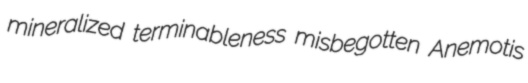
mineralized terminableness misbegotten Anemotis